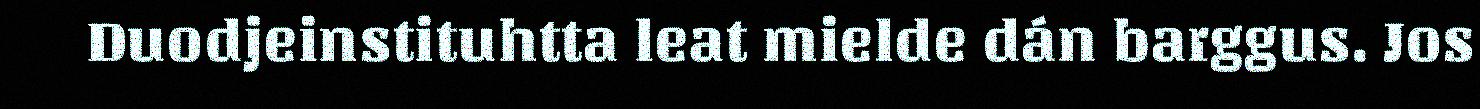
Duodjeinstituhtta leat mielde dán barggus. Jos